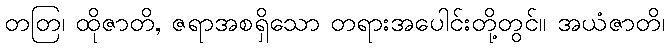
တတြ၊ ထိုဇာတိ, ဇရာအစရှိသော တရားအပေါင်းတို့တွင်။ အယံဇာတိ၊